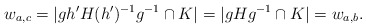
\begin{align*}w_{a, c} = \vert g h' H (h')^{-1} g^{-1} \cap K\vert = \vert gHg^{-1} \cap K\vert = w_{a, b}.\end{align*}